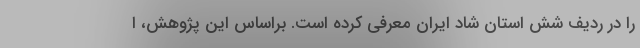
را در ردیف شش استان شاد ایران معرفی کرده است. براساس این پژوهش، ا